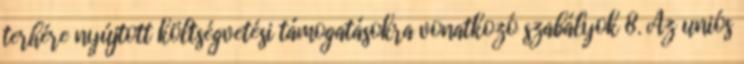
terhére nyújtott költségvetési támogatásokra vonatkozó szabályok 8. Az uniós